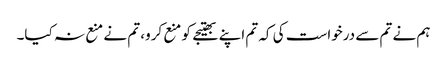
ہم نے تم سے درخواست کی کہ تم اپنے بھتیجے کو منع کرو، تم نے منع نہ کیا۔